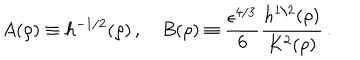
A ( \rho ) \equiv h ^ { - 1 / 2 } ( \rho ) \, , \quad B ( \rho ) \equiv \frac { \epsilon ^ { 4 / 3 } } { 6 } \frac { h ^ { 1 / 2 } ( \rho ) } { K ^ { 2 } ( \rho ) } \, .